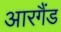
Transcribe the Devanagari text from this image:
आरगैंड